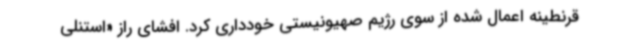
قرنطینه اعمال شده از سوی رژیم صهیونیستی خودداری کرد. افشای راز «استنلی